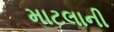
માટલાની